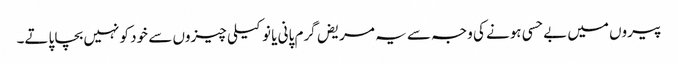
پیروں میں بے حسی ہونے کی وجہ سے یہ مریض گرم پانی یا نوکیلی چیزوں سے خود کو نہیں بچا پاتے۔